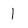
Character: 1